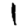
Digit: 1